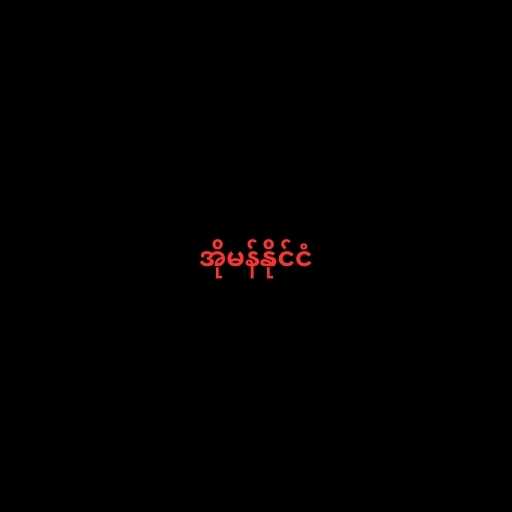
အိုမန်နိုင်ငံ